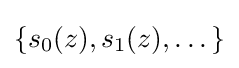
{\textstyle \{s_{0}(z),s_{1}(z),\dots \}}